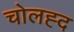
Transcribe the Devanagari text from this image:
चोलह्द